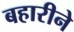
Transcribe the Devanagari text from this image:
बहारीने